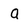
Character: a